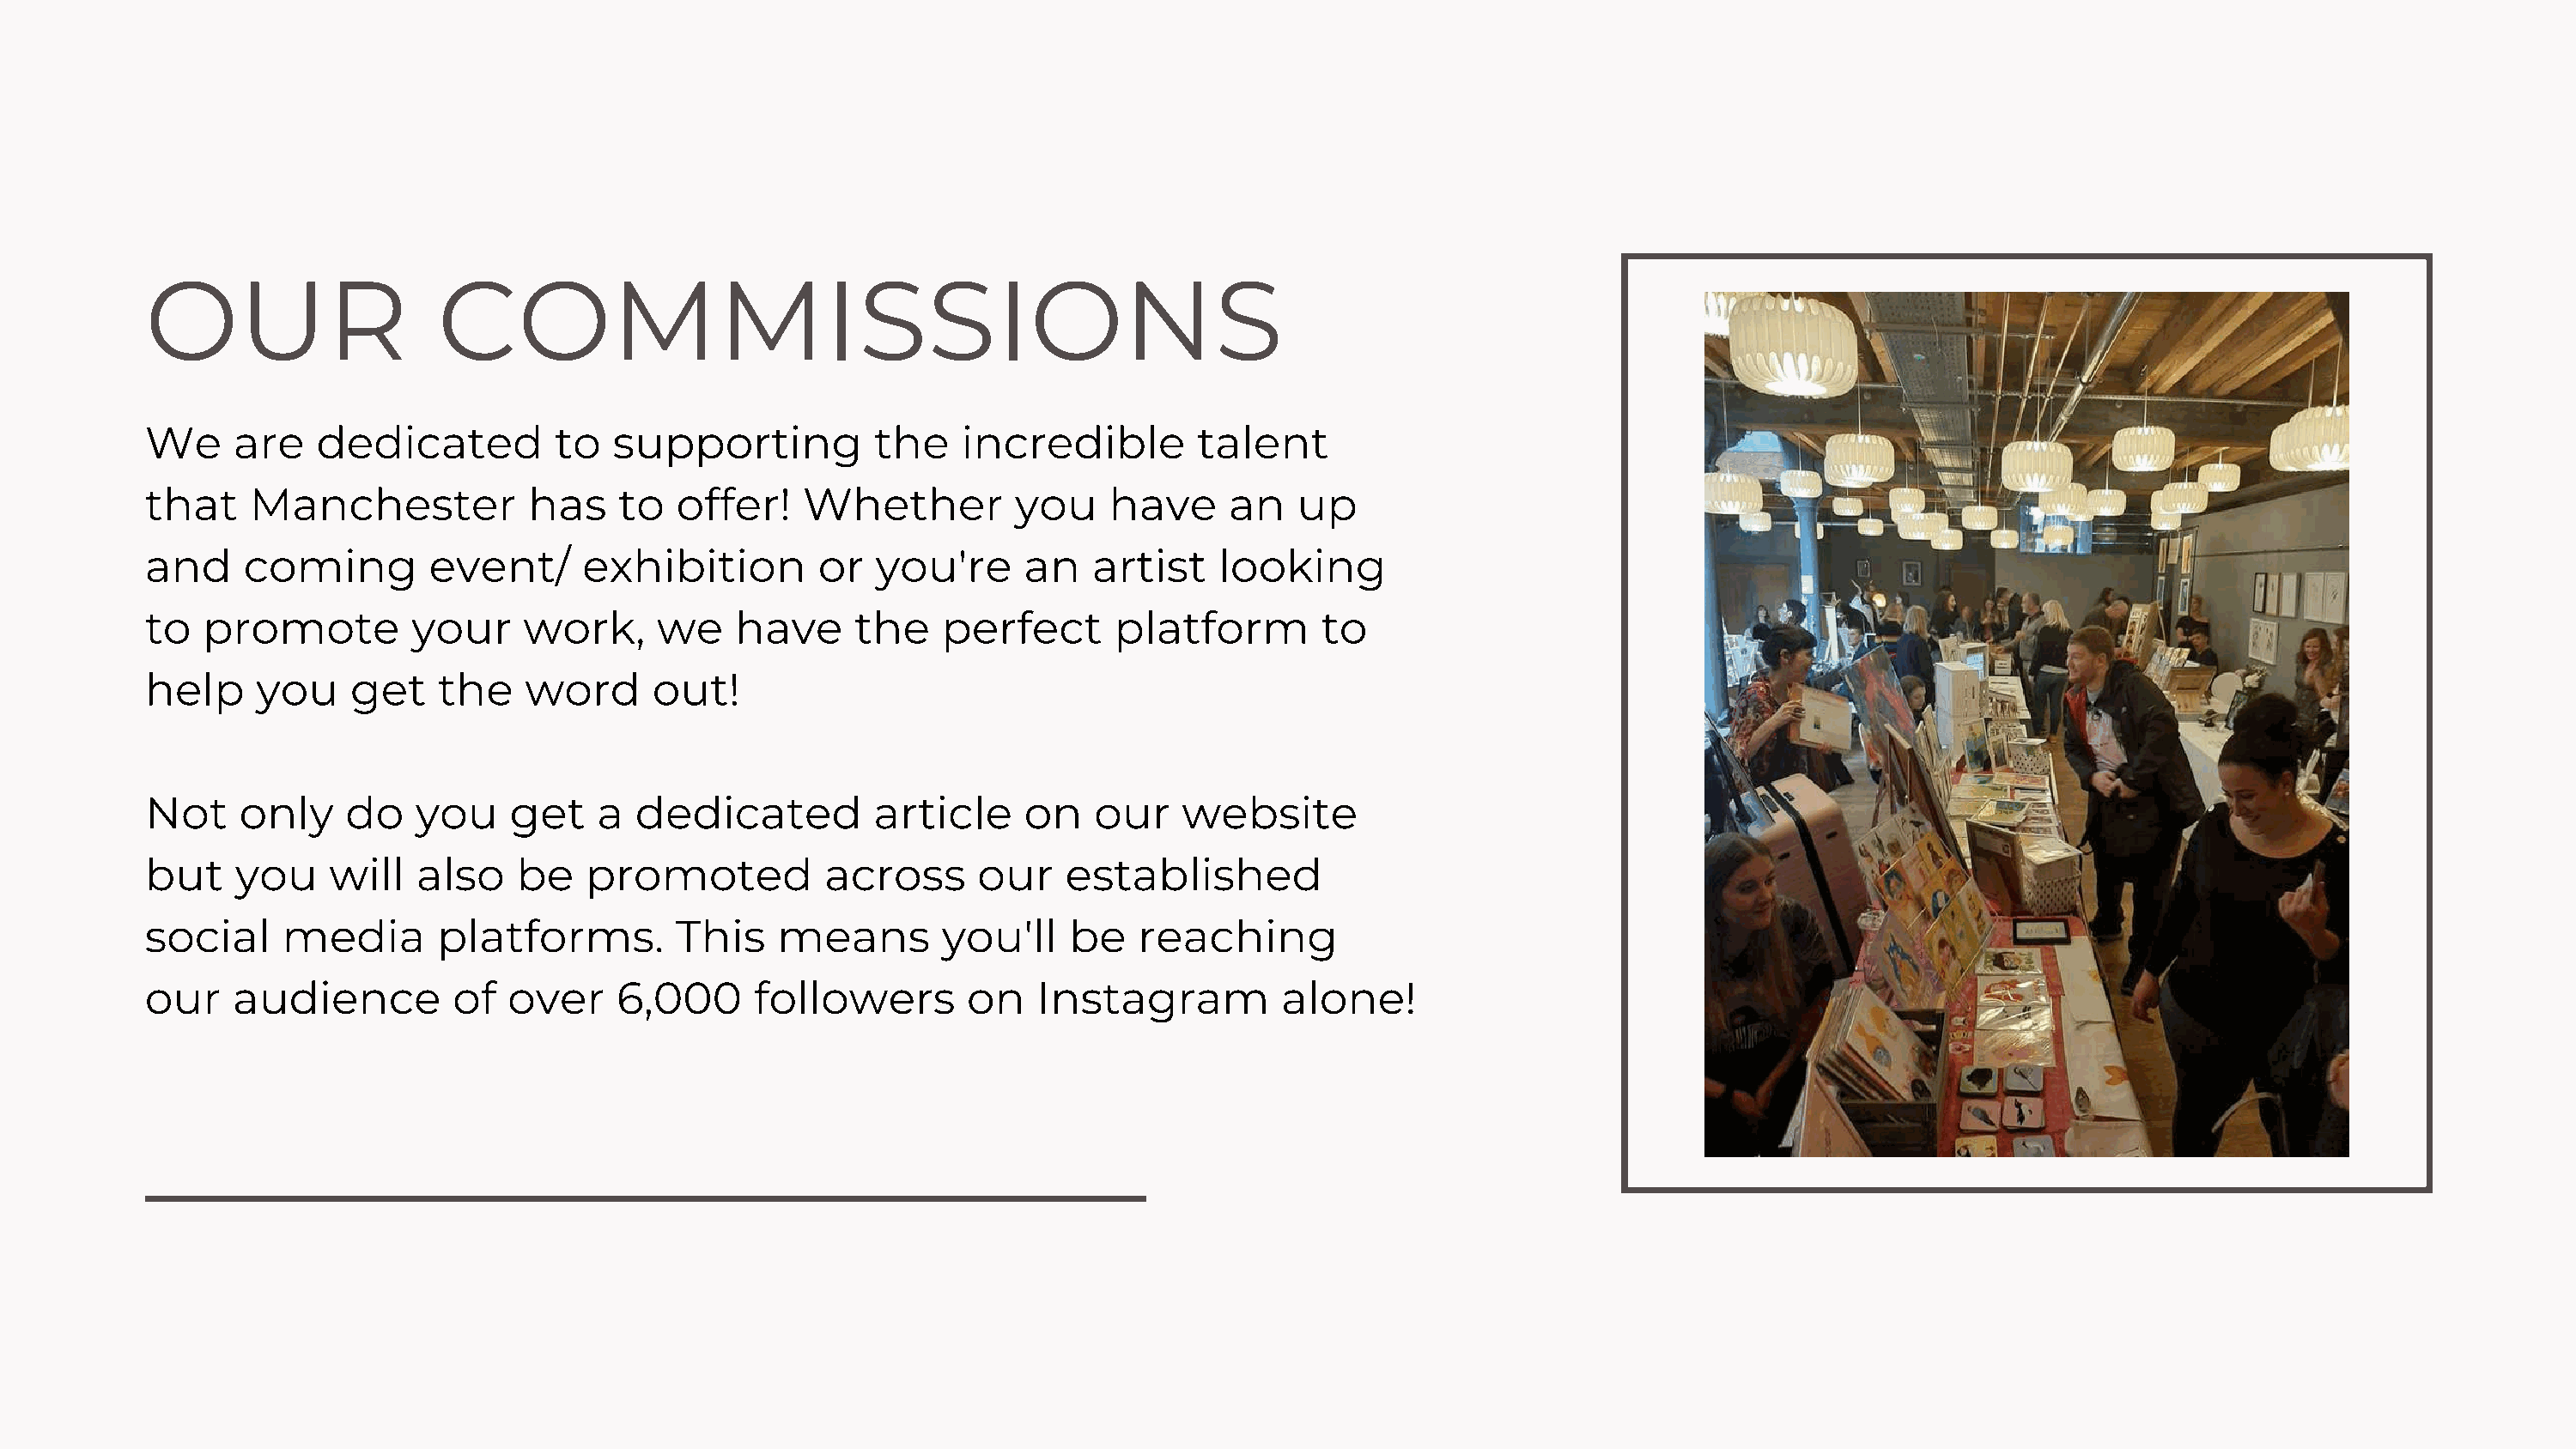
OUR                    COMMISSIONS
 We     are   dedicated          to  supporting          the    incredible        talent
 that    Manchester            has    to  offer!    Whether         you     have     an   up
 and     coming        event/      exhibition        or   you're     an   artist    looking
 to   promote         your    work,      we    have     the    perfect      platform        to
 help     you    get    the   word      out!
 Not    only     do   you    get    a  dedicated         article     on   our    website
 but    you    will   also    be   promoted           across     our    established
 social     media       platforms.        This    means        you'll   be    reaching
 our    audience         of  over     6,000     followers        on   Instagram          alone!